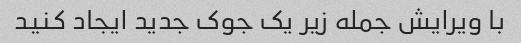
با ویرایش جمله زیر یک جوک جدید ایجاد کنید